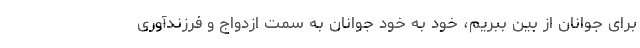
برای جوانان از بین ببریم، خود به خود جوانان به سمت ازدواج و فرزندآوری